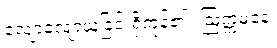
လျော့လျော့ယူခြင်းရှိကုန်၏။ ဩက္ကမနေ၊